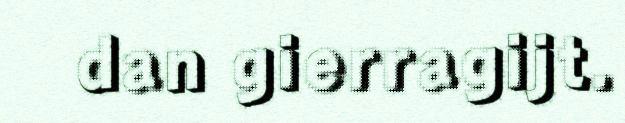
dan gierragijt.